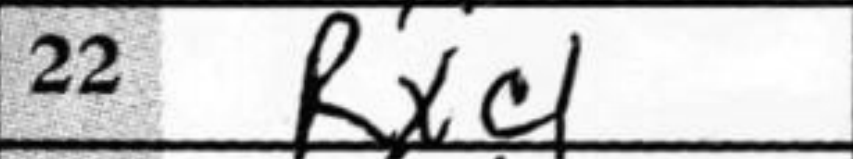
Transcription: Rxc1